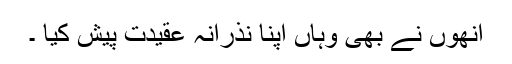
انھوں نے بھی وہاں اپنا نذرانہ عقیدت پیش کیا ۔